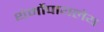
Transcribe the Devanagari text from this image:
थेर्मोपायलेय